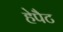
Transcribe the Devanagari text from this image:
हेपैट